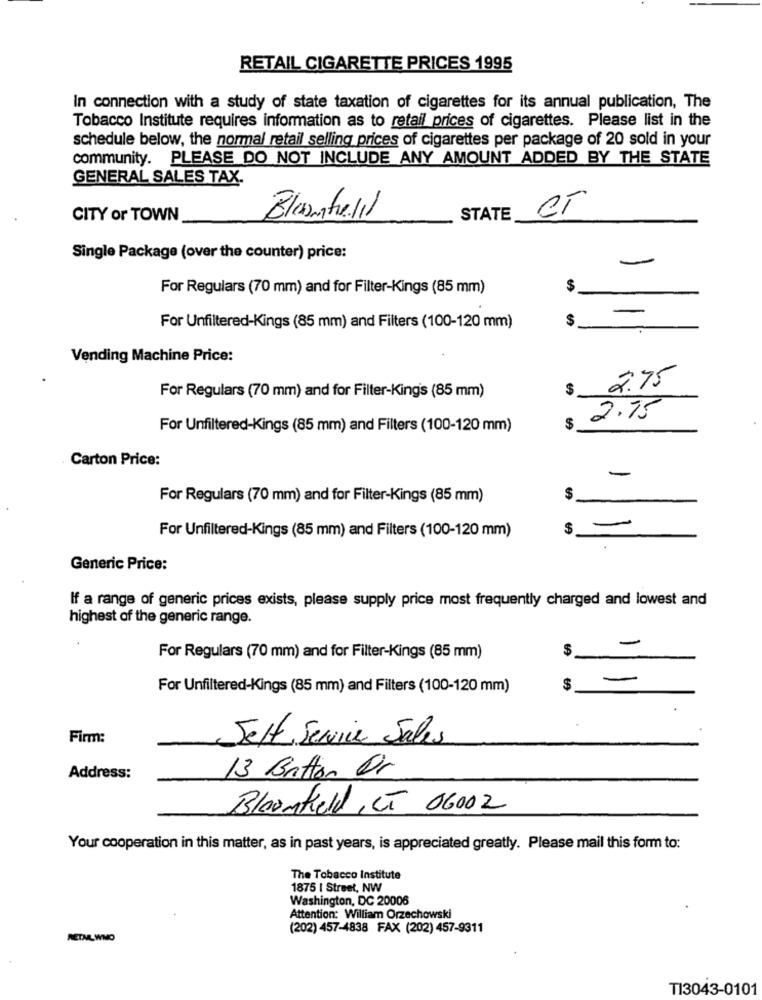
RETAIL CIGARETTE PRICES 1995
In connection with a study of state taxation of cigarettes for its annual publication, The
Tobacco Institute requires information as to retail prices of cigarettes. Please list in the
schedule below, the normal retail selling prices of cigarettes per package of 20 sold in your
community. PLEASE DO NOT INCLUDE ANY AMOUNT ADDED BY THE STATE
GENERAL SALES TAX.
CITY or TOWN
STATE
CT
Single Package (over the counter) price:
-
For Regulars (70 mm) and for Filter-Kings (85 mm)
$
$
For Unfiltered-Kings (85 mm) and Filters (100-120 mm)
Vending Machine Price:
2.75
$
For Regulars (70 mm) and for Filter-King's (85 mm)
2.15
For Unfiltered-Kings (85 mm) and Filters (100-120 mm)
$
Carton Price:
-
For Regulars (70 mm) and for Filter-Kings (85 mm)
$
-
$
For Unfiltered-Kings (85 mm) and Filters (100-120 mm)
Generic Price:
If a range of generic prices exists, please supply price most frequently charged and lowest and
highest of the generic range.
-
For Regulars (70 mm) and for Filter-Kings (85 mm)
-
For Unfiltered-Kings (85 mm) and Filters (100-120 mm)
$
Firm:
Self Service Sales
Address:
13 Button Dr
Bloomfield , ET 06002
Your cooperation in this matter, as in past years, is appreciated greatly. Please mail this form to:
The Tobacco Institute
1875 | Street, NW
Washington, DC 20006
Attention: William Orzechowski
(202) 457-4838 FAX (202) 457-9311
RETAL WMO
TI3043-0101